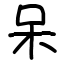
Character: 呆